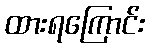
ထားရကြောင်း